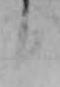
日